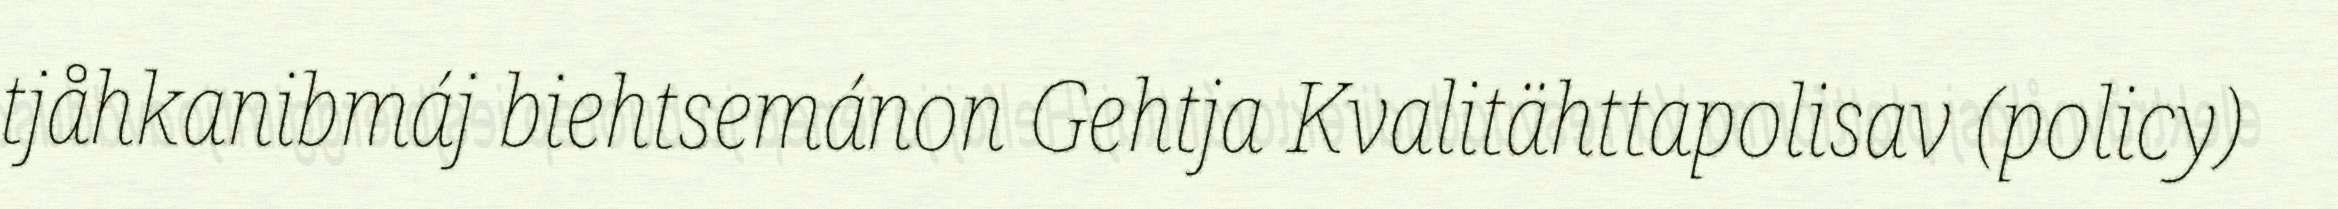
tjåhkanibmáj biehtsemánon Gehtja Kvalitähttapolisav (policy)